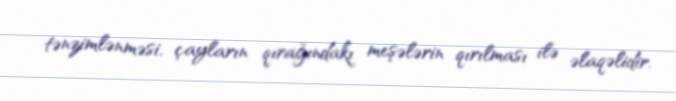
tənzimlənməsi, çayların qırağındakı meşələrin qırılması ilə əlaqəlidir.